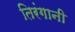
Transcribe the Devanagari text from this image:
तिरंगानी